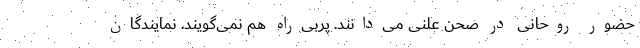
حضور روحانی در صحن علنی می‌دانند. پُربی‌راه هم نمی‌گویند. نمایندگان